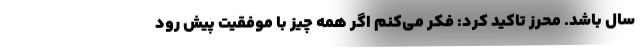
سال باشد. محرز تاکید کرد: فکر می‌کنم اگر همه چیز با موفقیت پیش رود